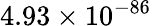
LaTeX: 4.93\times 10^{-86}